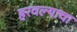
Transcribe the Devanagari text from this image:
हरवल्याचा